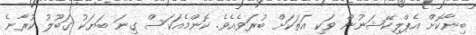
ބިނާކޮށް އެޕްލިކޭޝަނުން ވަކި އަތަކަށް ބުރަވެއެވެ. ކޮންމެއަކަސް ގިނަ ބަޔަކު ގަބޫލު ކުރާނެ